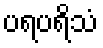
ပရပရိသံ